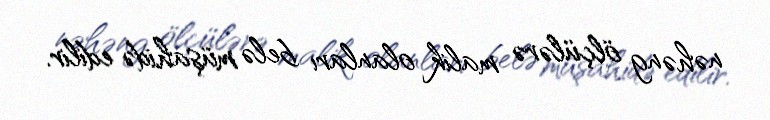
nəhəng ölçülərə malik olanları belə müşahidə edilir.